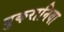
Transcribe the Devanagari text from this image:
बुकरानिया